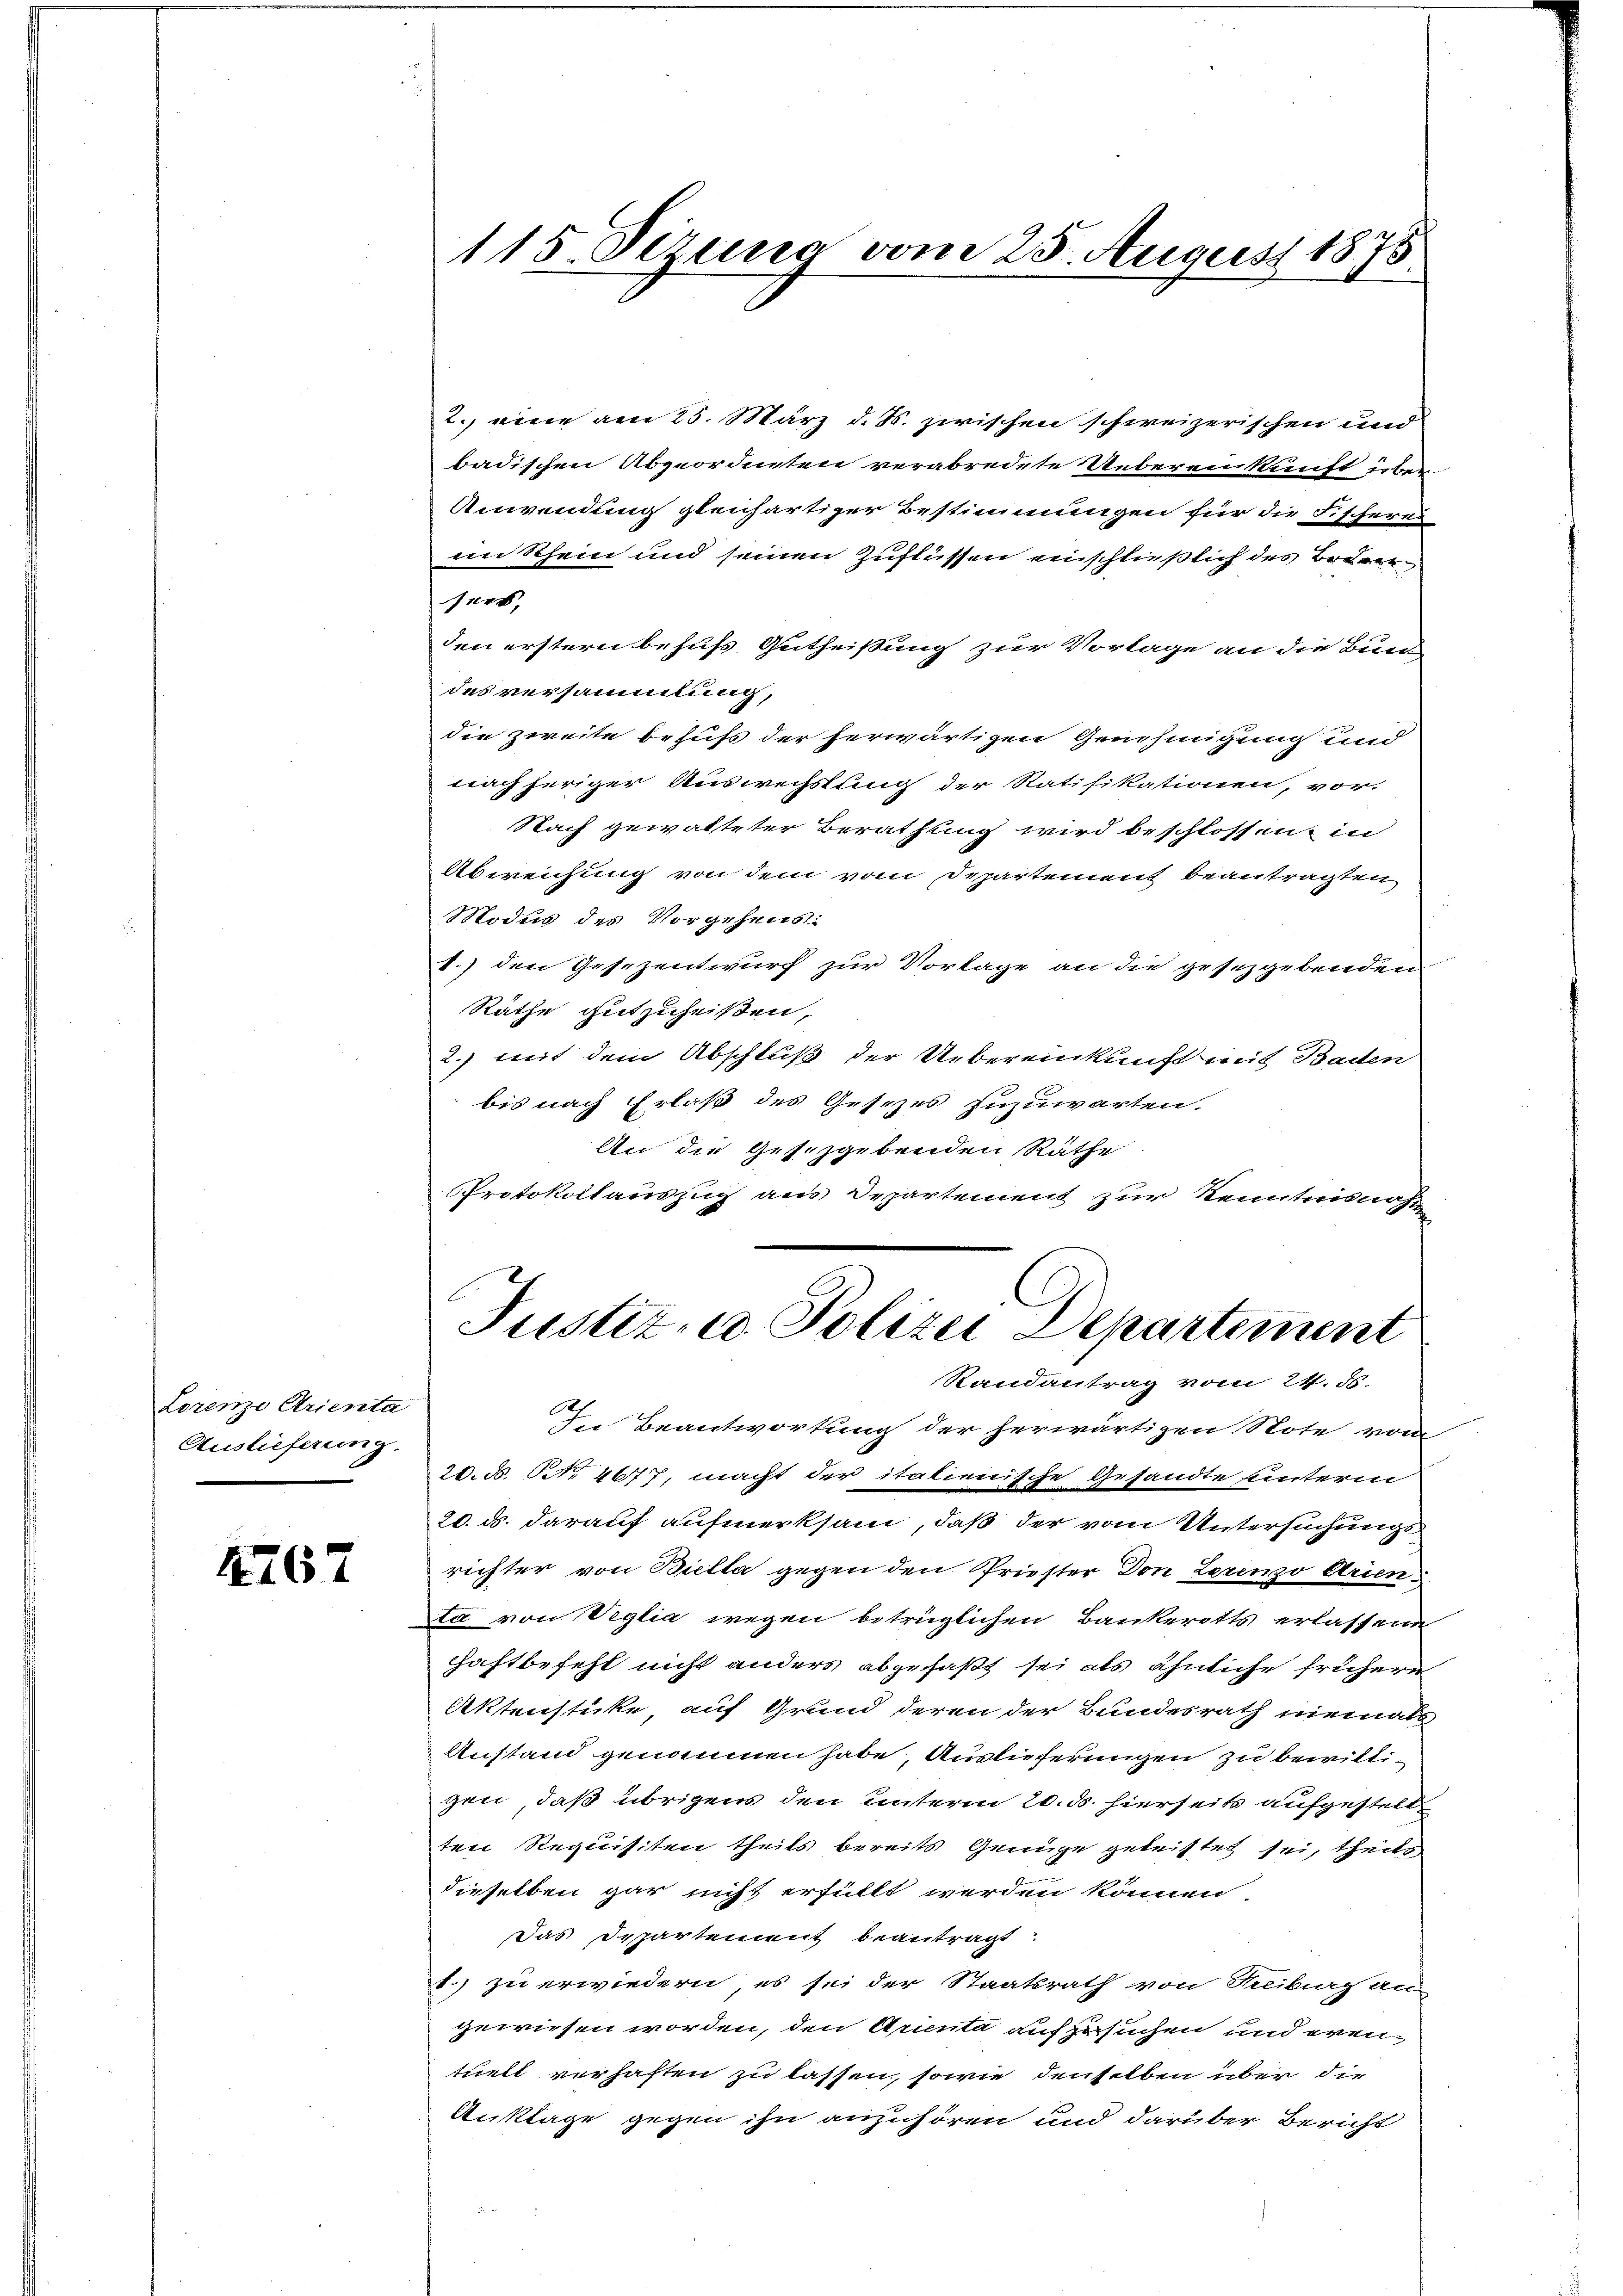
Lorenze Arienta
Auslieferung.

4167

115 Sizung vom 25. August 1875.

2. eine am 25. März d. S. zwischen schweizerischen und
badischen Abgeordneten verabredete Uebereinkunft über
Anwendung gleichartiger Bestimmungen für die Fischeres
im Rhein und seinen Zuflüssen einschließlich des Beden
sert,
den erstern behufs Gutheißung zur Vorlage an die Bun-
des versammlung,
die zweite behufs der herwärtigen Genehmigung und
nach heriger Auswechstung der Ratifikationen, vor-
Nach gewalteter Berathung wird beschlossen, in
Abweichung von dem vom Departement beantragten
Modus des Vorgehens:
1.) den Gesezentwurf zur Vorlage an die gesetzgebendem
Räthe gutzuheißen,
2. mit dem Abschluß der Uebereinkunft mit Baden
bis nach Erlaß des Gesezes zuzuwarten.
An die Gesetzgebenden Räthe
Protokollauszug aus Departement zur Kenntnisnahm

Justiz- u. Polizei Departement
Randantrag vom 24. 5.

In Beantwortung der herwärtigen Note vom
20. d. NNo. 4677, macht der italienische Gesandte unterm
20. ds. darauf aufmerksam, daß der vom Untersuchungsrichter von Biella gegen den Priester Don Lerenzo Arienta von Veglia wegen betrüglichen Bankerotts erlassene
Haftbefehl nicht anders abgefaßt sei als ähnliche frühern
Aktenstücke auf Grund deren der Bundesrath niemals
Anstand genommen habe, Auslieferungen zu bewilligen, daß übrigens den unterm 20. ds. hierseits aufgestell
ten Requisiten theils bereits Genüge geleistet sei, theils
dieselben gar nicht erfüllt werden können.
Das Departement beantragt
.) zu erwiedern, es sei der Staatsrath von Reiburg an
gewiesen worden, den Arienta aufzusuchen und eventuell verhaften zu lassen, sowie denselben über die
Anklage gegen ihn anzuhören und darüber Bericht
S